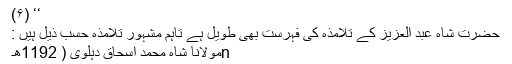
‘‘ (۶)
حضرت شاہ عبد العزیز کے تلامذہ کی فہرست بھی طویل ہے تاہم مشہور تلامذہ حسب ذیل ہیں :
nمولانا شاہ محمد اسحاق دہلوی ( 1192ھ۔